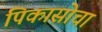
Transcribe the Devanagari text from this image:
पिकासोचा